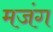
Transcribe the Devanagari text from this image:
मजंग